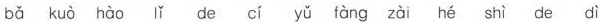
ba kuo hao li de ci yu fang zai he shi de di